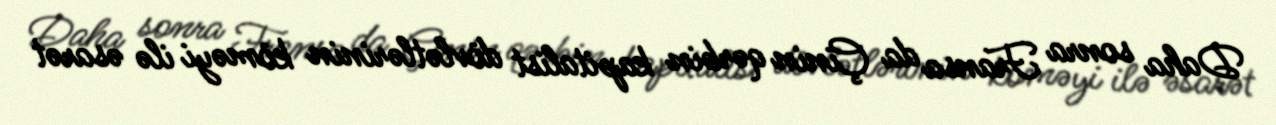
Daha sonra Fransa da Çinin qərbin kapitalist dövlətlərinin köməyi ilə əsarət